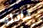
قاتله